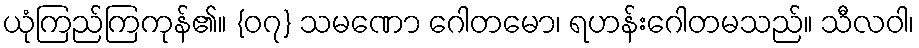
ယုံကြည်ကြကုန်၏။ {၀၇} သမဏော ဂေါတမော၊ ရဟန်းဂေါတမသည်။ သီလဝါ၊